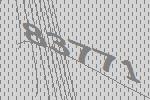
83771